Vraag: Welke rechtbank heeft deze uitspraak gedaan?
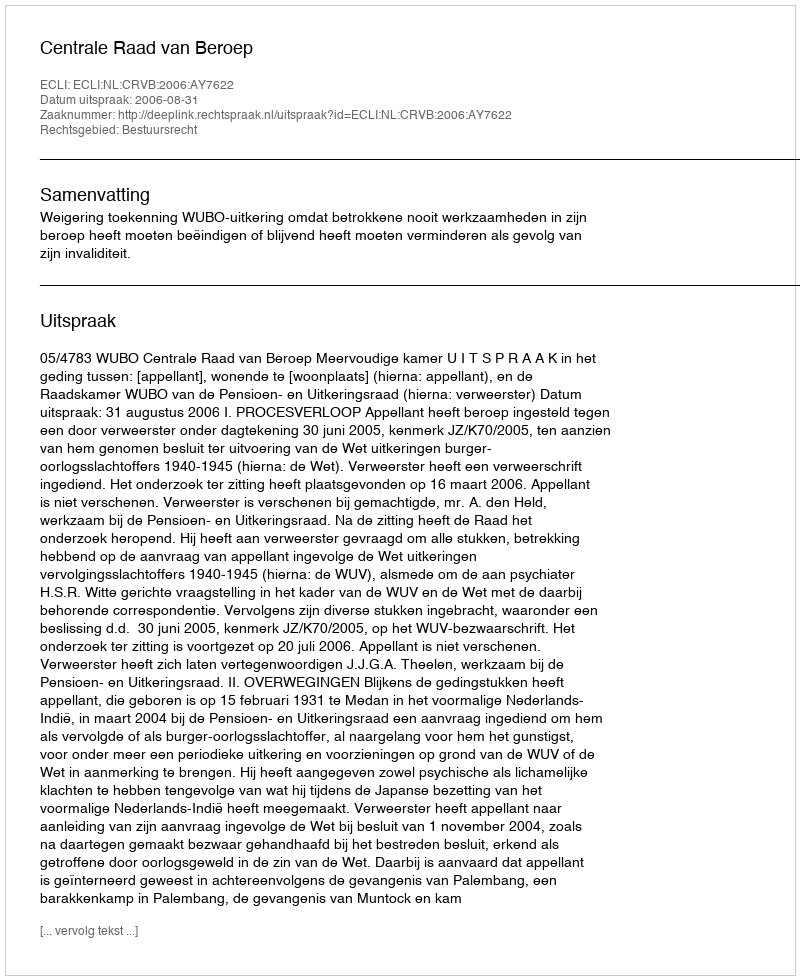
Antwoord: Centrale Raad van Beroep